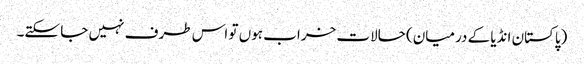
(پاکستان انڈیا کے درمیان) حالات خراب ہوں تو اس طرف نہیں جا سکتے۔